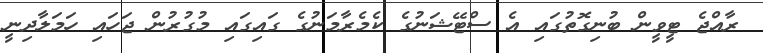
ރާއްޖެ ޓީވީން ބުނިގޮތުގައި އެ ސްޓޭޝަނުގެ ކެމެރާމަނުގެ ގައިގައި މުގުރުން ޖަހައި ހަމަލާދިނީ